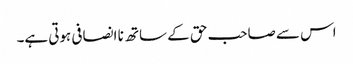
اس سے صاحب حق کے ساتھ نا انصافی ہوتی ہے۔